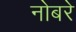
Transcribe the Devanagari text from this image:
नोबरे